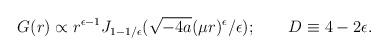
LaTeX: \begin{align*}G(r)\propto r^{\epsilon -1}J_{1-1/\epsilon }(\sqrt{-4a}(\mu r)^\epsilon/\epsilon );\qquad D\equiv 4-2\epsilon .\end{align*}